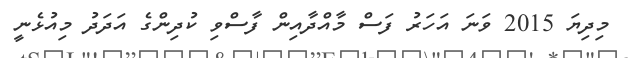
މިިދިޔަ 2015 ވަނަ އަހަރު ފަސް މާއްދާއިން ފާސްވި ކުދިންގެ އަދަދު މިއުޅެނީ